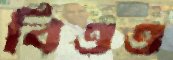
বিওও